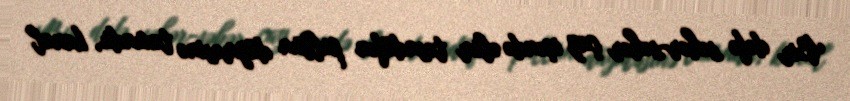
Bir dəfə səhər-səhər çay içəndə əlim təsadüfən pultun düyməsinə toxundu, kanal